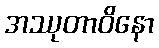
အဿုတာဝိနော